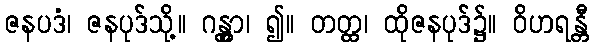
ဇနပဒံ၊ ဇနပုဒ်သို့။ ဂန္တွာ၊ ၍။ တတ္ထ၊ ထိုဇနပုဒ်၌။ ဝိဟရန္တီ